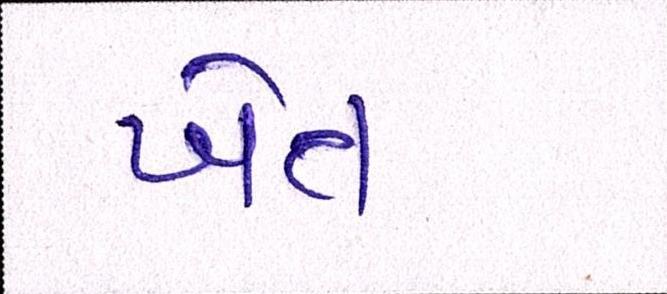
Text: ખેત